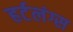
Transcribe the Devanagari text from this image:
हर्टलंग्स